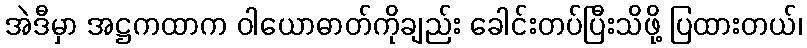
အဲဒီမှာ အဋ္ဌကထာက ဝါယောဓာတ်ကိုချည်း ခေါင်းတပ်ပြီးသိဖို့ ပြထားတယ်၊